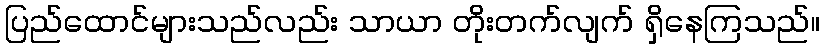
ပြည်ထောင်များသည်လည်း သာယာ တိုးတက်လျက် ရှိနေကြသည်။